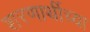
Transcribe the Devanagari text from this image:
शरणार्थीच्या